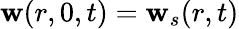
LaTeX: \mathbf{w}(r,0,t)=\mathbf{w}_{s}(r,t)